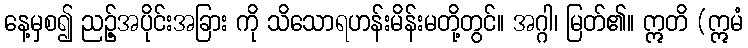
နေ့မှစ၍ ညဉ့်အပိုင်းအခြား ကို သိသောရဟန်းမိန်းမတို့တွင်။ အဂ္ဂါ၊ မြတ်၏။ ဣတိ (ဣမံ